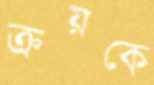
ক্রয়কে